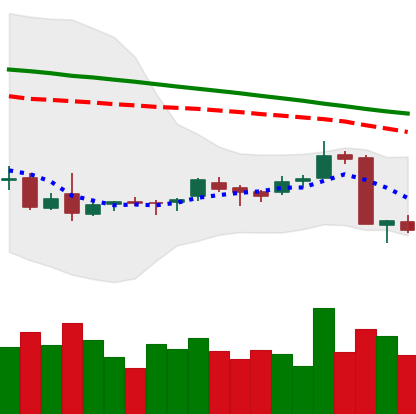
Ticker: ETC-USD
Chart end date: 2018-09-07
Forward return: -8.576%
Label: down_7plus